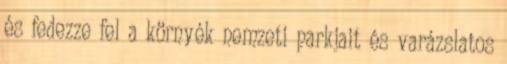
és fedezze fel a környék nemzeti parkjait és varázslatos